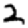
Digit: 2